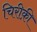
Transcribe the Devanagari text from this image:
चिरीक़ी